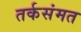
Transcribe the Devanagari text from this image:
तर्कसंमत